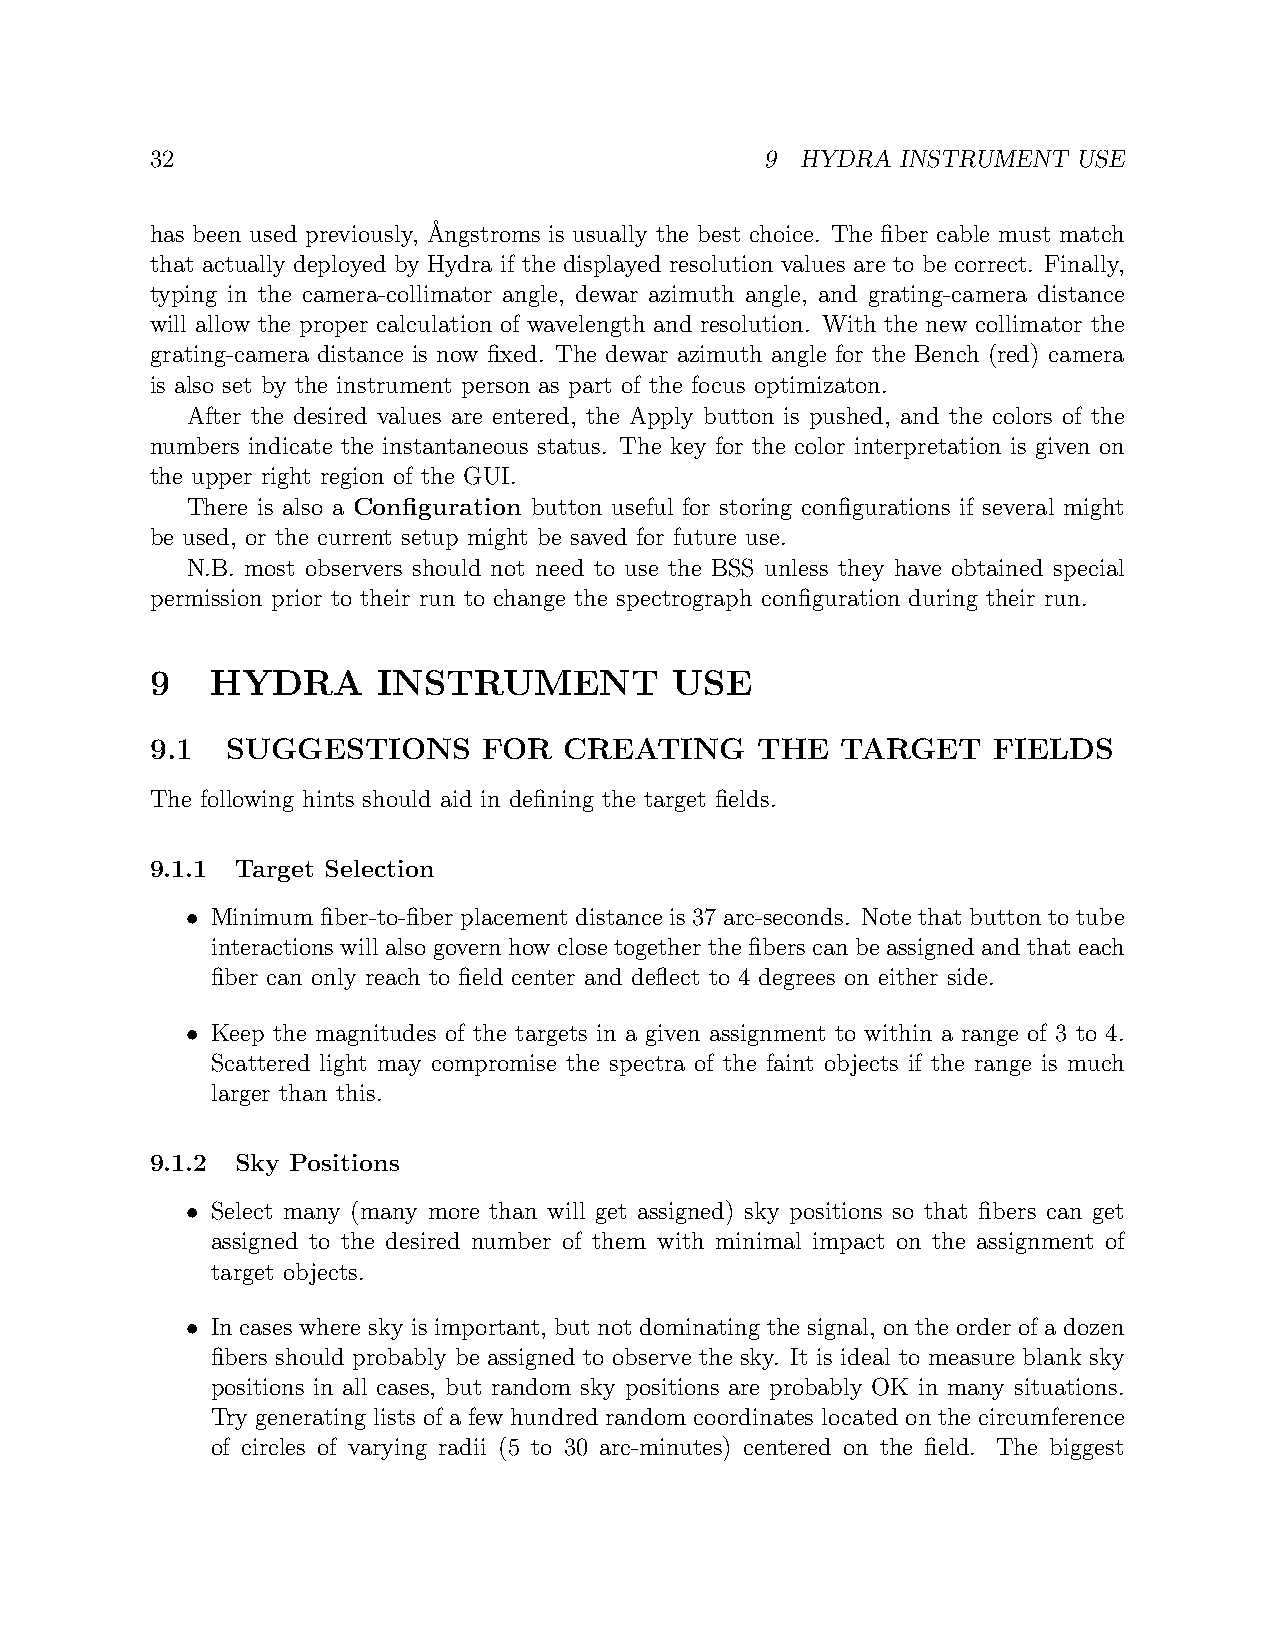
32                                       9 HYDRA  INSTRUMENT USE
 has been used previously, ˚Angstroms is usually the best choice. The fiber cable must match
 that actually deployed by Hydra if the displayed resolution values are to be correct. Finally,
 typing in the camera-collimator angle, dewar azimuth angle, and grating-camera distance
 will allow the proper calculation of wavelength and resolution. With the new collimator the
 grating-camera distance is now fixed. The dewar azimuth angle for the Bench (red) camera
 is also set by the instrument person as part of the focus optimizaton.
 After the desired values are entered, the Apply button is pushed, and the colors of the
 numbers indicate the instantaneous status. The key for the color interpretation is given on
 the upper right region of the GUI.
 There is also a Configuration button useful for storing configurations if several might
 be used, or the current setup might be saved for future use.
 N.B. most observers should not need to use the BSS unless they have obtained special
 permission prior to their run to change the spectrograph configuration during their run.
 9   HYDRA      INSTRUMENT          USE
 9.1  SUGGESTIONS      FOR  CREATING     THE   TARGET    FIELDS
 The following hints should aid in defining the target fields.
 9.1.1 Target Selection
 • Minimum fiber-to-fiber placement distance is 37 arc-seconds. Note that button to tube
 interactions will also govern how close together the fibers can be assigned and that each
 fiber can only reach to field center and deflect to 4 degrees on either side.
 • Keep the magnitudes of the targets in a given assignment to within a range of 3 to 4.
 Scattered light may compromise the spectra of the faint objects if the range is much
 larger than this.
 9.1.2 Sky Positions
 • Select many (many more than will get assigned) sky positions so that fibers can get
 assigned to the desired number of them with minimal impact on the assignment of
 target objects.
 • In cases where sky is important, but not dominating the signal, on the order of a dozen
 fibers should probably be assigned to observe the sky. It is ideal to measure blank sky
 positions in all cases, but random sky positions are probably OK in many situations.
 Try generating lists of a few hundred random coordinates located on the circumference
 of circles of varying radii (5 to 30 arc-minutes) centered on the field. The biggest